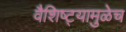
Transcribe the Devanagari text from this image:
वैशिष्ट्यामुळेच